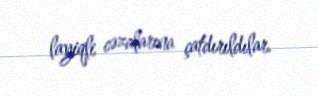
layiqli cəzalarına çatdırıldılar.